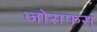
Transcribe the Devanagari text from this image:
जोसफस्